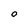
Character: O